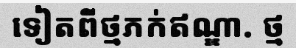
ទៀតពីថ្មភក់ឥណ្ឌា. ថ្ម